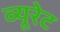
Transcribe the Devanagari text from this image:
व्यूरेट